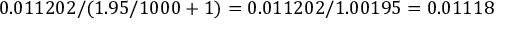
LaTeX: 0 . 0 1 1 2 0 2 / ( 1 . 9 5 / 1 0 0 0 + 1 ) = 0 . 0 1 1 2 0 2 / 1 . 0 0 1 9 5 = 0 . 0 1 1 1 8